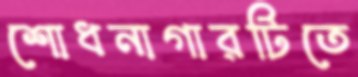
শোধনাগারটিতে